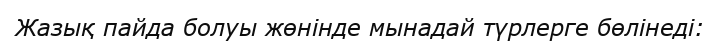
Жазық пайда болуы жөнінде мынадай түрлерге бөлінеді: